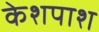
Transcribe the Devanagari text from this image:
केशपाश